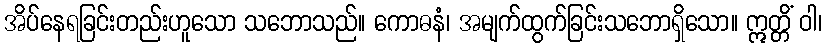
အိပ်နေရခြင်းတည်းဟူသော သဘောသည်။ ကောဓနံ၊ အမျက်ထွက်ခြင်းသဘောရှိသော။ ဣတ္တိံ ဝါ၊